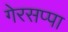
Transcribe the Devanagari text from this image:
गेरसप्पा